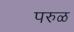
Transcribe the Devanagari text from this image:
परुळ